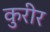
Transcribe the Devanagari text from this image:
कुरीर